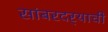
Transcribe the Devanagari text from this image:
सांबरदर्‍याची